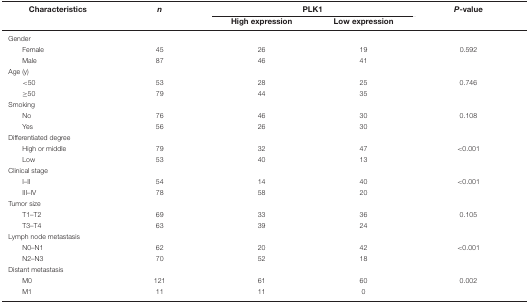
<table><thead><tr><td><b>Characteristics</b></td><td><b><i>n</i></b></td><td colspan="2"><b>PLK1</b></td><td><b><i>P</i>-value</b></td></tr><tr><td></td><td></td><td><b>High expression</b></td><td><b>Low expression</b></td><td></td></tr></thead><tbody><tr><td>Gender</td><td></td><td></td><td></td><td></td></tr><tr><td>Female</td><td>45</td><td>26</td><td>19</td><td>0.592</td></tr><tr><td>Male</td><td>87</td><td>46</td><td>41</td><td></td></tr><tr><td>Age (y)</td><td></td><td></td><td></td><td></td></tr><tr><td>&lt;50</td><td>53</td><td>28</td><td>25</td><td>0.746</td></tr><tr><td>≥50</td><td>79</td><td>44</td><td>35</td><td></td></tr><tr><td>Smoking</td><td></td><td></td><td></td><td></td></tr><tr><td>No</td><td>76</td><td>46</td><td>30</td><td>0.108</td></tr><tr><td>Yes</td><td>56</td><td>26</td><td>30</td><td></td></tr><tr><td>Differentiated degree</td><td></td><td></td><td></td><td></td></tr><tr><td>High or middle</td><td>79</td><td>32</td><td>47</td><td>&lt;0.001</td></tr><tr><td>Low</td><td>53</td><td>40</td><td>13</td><td></td></tr><tr><td>Clinical stage</td><td></td><td></td><td></td><td></td></tr><tr><td>I–II</td><td>54</td><td>14</td><td>40</td><td>&lt;0.001</td></tr><tr><td>III–IV</td><td>78</td><td>58</td><td>20</td><td></td></tr><tr><td>Tumor size</td><td></td><td></td><td></td><td></td></tr><tr><td>T1–T2</td><td>69</td><td>33</td><td>36</td><td>0.105</td></tr><tr><td>T3–T4</td><td>63</td><td>39</td><td>24</td><td></td></tr><tr><td>Lymph node metastasis</td><td></td><td></td><td></td><td></td></tr><tr><td>N0–N1</td><td>62</td><td>20</td><td>42</td><td>&lt;0.001</td></tr><tr><td>N2–N3</td><td>70</td><td>52</td><td>18</td><td></td></tr><tr><td>Distant metastasis</td><td></td><td></td><td></td><td></td></tr><tr><td>M0</td><td>121</td><td>61</td><td>60</td><td>0.002</td></tr><tr><td>M1</td><td>11</td><td>11</td><td>0</td><td></td></tr></tbody></table>